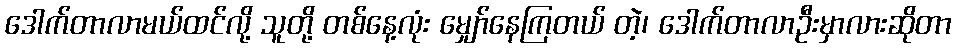
ဒေါက်တာလာမယ်ထင်လို့ သူတို့ တစ်နေ့လုံး မျှော်နေကြတယ် တဲ့၊ ဒေါက်တာလာဦးမှာလားဆိုတာ